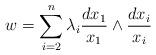
LaTeX: \begin{align*} w= \sum_{i=2}^n \lambda_i \frac{d x_1}{x_1} \wedge \frac{d x_i}{x_i}\end{align*}